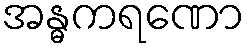
အန္ဓကရဏော